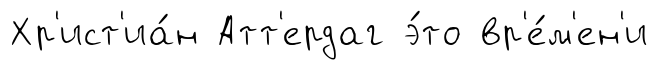
Хр'ист'иа́н Атт'ердаг э́то вр'е́м'ен'и